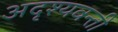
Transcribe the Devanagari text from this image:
अदृश्यवन्ती